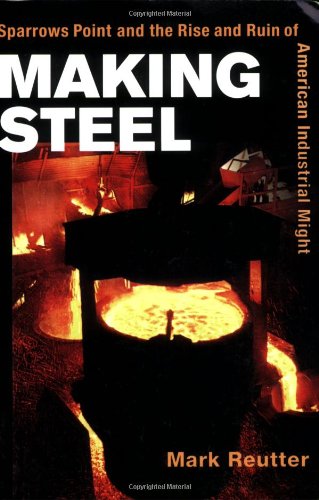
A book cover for Making Steel: Sparrows Point and the Rise and Ruin of American Industrial Might; Mark Reutter; Business & Money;